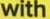
with